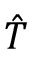
\hat { T }